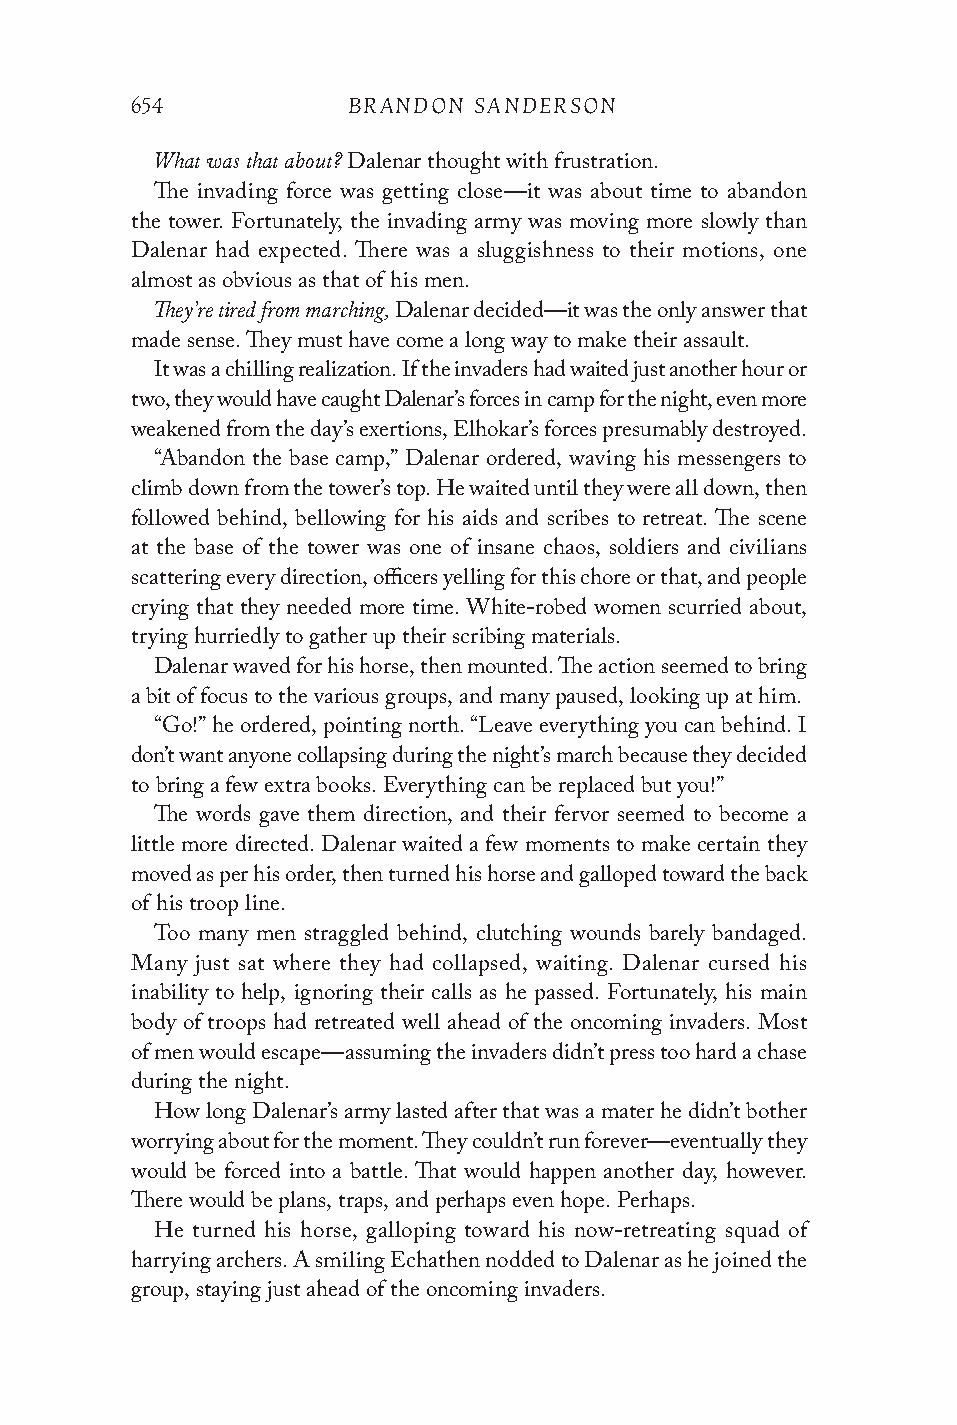
654           BRANDON SANDERSON
 What was that about?
 Dalenar thought with frustration.
 The invading force was getting close—it was about time to abandon
 the tower. Fortunately, the invading army was moving more slowly than
 Dalenar had expected. There was a sluggishness to their motions, one
 almost as obvious as that of his men.
 They’re tired from marching,
 Dalenar decided—it was the only answer that
 made sense. They must have come a long way to make their assault.
 It was a chilling realization. If the invaders had waited just another hour or
 two, they would have caught Dalenar’s forces in camp for the night, even more
 weakened from the day’s exertions, Elhokar’s forces presumably destroyed.
 “Abandon the base camp,” Dalenar ordered, waving his messengers to
 climb down from the tower’s top. He waited until they were all down, then
 followed behind, bellowing for his aids and scribes to retreat. The scene
 at the base of the tower was one of insane chaos, soldiers and civilians
 scattering every direction, officers yelling for this chore or that, and people
 crying that they needed more time. White-robed women scurried about,
 trying hurriedly to gather up their scribing materials.
 Dalenar waved for his horse, then mounted. The action seemed to bring
 a bit of focus to the various groups, and many paused, looking up at him.
 “Go!” he ordered, pointing north. “Leave everything you can behind. I
 don’t want anyone collapsing during the night’s march because they decided
 to bring a few extra books. Everything can be replaced but you!”
 The words gave them direction, and their fervor seemed to become a
 little more directed. Dalenar waited a few moments to make certain they
 moved as per his order, then turned his horse and galloped toward the back
 of his troop line.
 Too many men straggled behind, clutching wounds barely bandaged.
 Many just sat where they had collapsed, waiting. Dalenar cursed his
 inability to help, ignoring their calls as he passed. Fortunately, his main
 body of troops had retreated well ahead of the oncoming invaders. Most
 of men would escape—assuming the invaders didn’t press too hard a chase
 during the night.
 How long Dalenar’s army lasted after that was a mater he didn’t bother
 worrying about for the moment. They couldn’t run forever—eventually they
 would be forced into a battle. That would happen another day, however.
 There would be plans, traps, and perhaps even hope. Perhaps.
 He turned his horse, galloping toward his now-retreating squad of
 harrying archers. A smiling Echathen nodded to Dalenar as he joined the
 group, staying just ahead of the oncoming invaders.